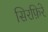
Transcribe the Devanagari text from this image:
सिरफ़िरे